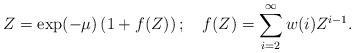
LaTeX: \begin{align*}Z = \exp(-\mu) \left( 1 + f(Z)\right); ~~~ f(Z) = \sum_{i=2}^{\infty}w(i)Z^{i-1}.\end{align*}